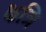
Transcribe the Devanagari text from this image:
क्षत्रि